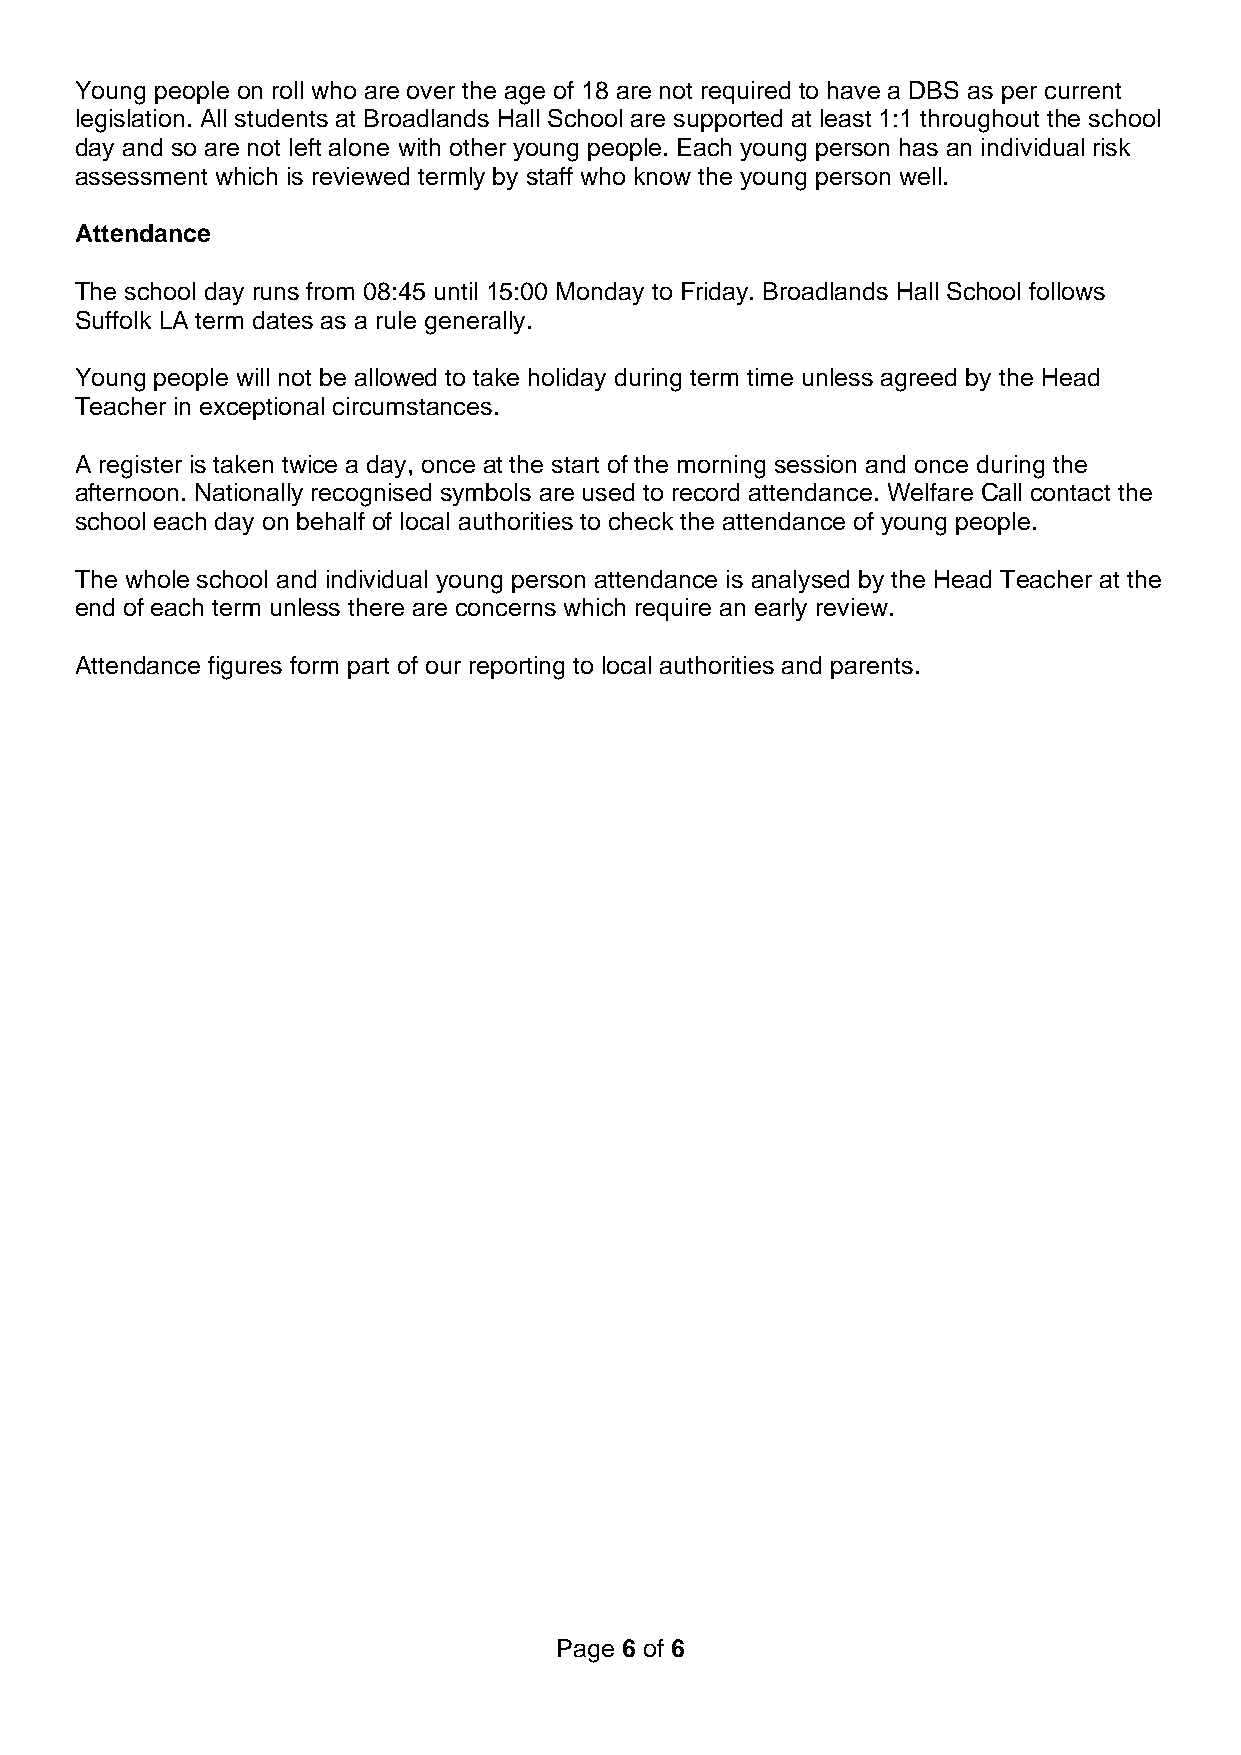
Young people on roll who are over the age of 18 are not required to have a DBS as per current
 legislation. All students at Broadlands Hall School are supported at least 1:1 throughout the school
 day and so are not left alone with other young people. Each young person has an individual risk
 assessment which is reviewed termly by staff who know the young person well.
 Attendance
 The school day runs from 08:45 until 15:00 Monday to Friday. Broadlands Hall School follows
 Suffolk LA term dates as a rule generally.
 Young people will not be allowed to take holiday during term time unless agreed by the Head
 Teacher in exceptional circumstances.
 A register is taken twice a day, once at the start of the morning session and once during the
 afternoon. Nationally recognised symbols are used to record attendance. Welfare Call contact the
 school each day on behalf of local authorities to check the attendance of young people.
 The whole school and individual young person attendance is analysed by the Head Teacher at the
 end of each term unless there are concerns which require an early review.
 Attendance figures form part of our reporting to local authorities and parents.
 Page 6 of 6